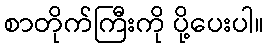
စာတိုက်ကြီးကို ပို့ပေးပါ။